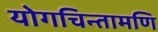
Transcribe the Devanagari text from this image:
योगचिन्तामणि